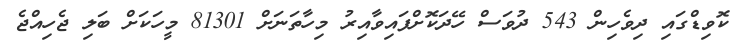
ކޮވިޑްގައި ދިވެހިން 543 ދުވަސް ހޭދަކޮށްފައިވާއިރު މިހާތަނަށް 81301 މީހަކަށް ބަލި ޖެހިއްޖެ